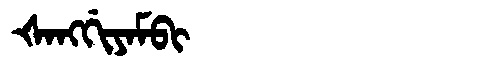
Manchu: ᡧᠠᠩᡤᡳᠶᠠᠮᠪᡳ
Romanization: ŠANGGIYAMBI